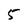
Character: 5